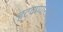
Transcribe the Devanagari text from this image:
हटवण्यासाठी